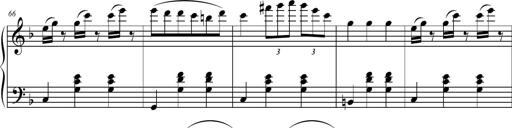
Title: 2 Sonatines faciles et brillantes pour le piano-forte seul
Composer: Carl Czerny